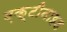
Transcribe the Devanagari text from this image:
एक्टीनाइड